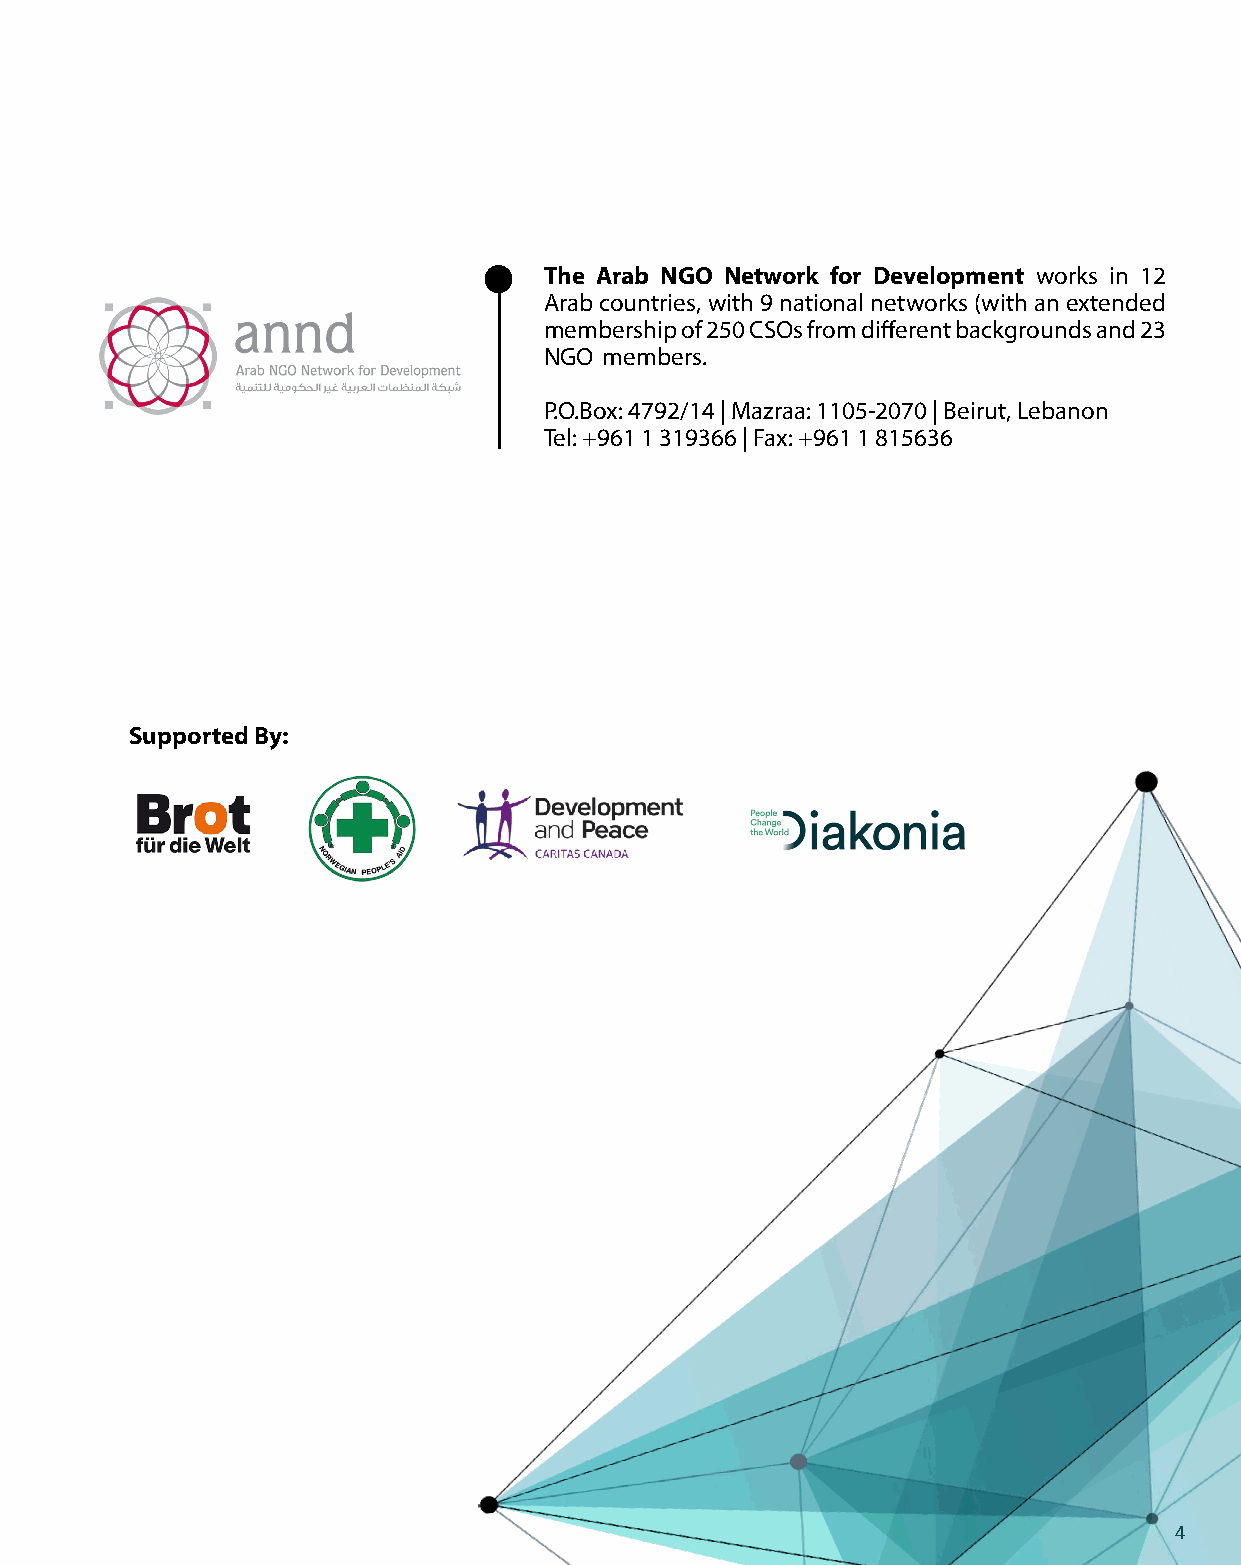
The Arab NGO Network for Development works in 12
 Arab countries, with 9 national networks (with an extended
 membership of 250 CSOs from different backgrounds and 23
 NGO members.
 P.O.Box: 4792/14 | Mazraa: 1105-2070 | Beirut, Lebanon
 Tel: +961 1 319366 | Fax: +961 1 815636
 Supported By:
 4